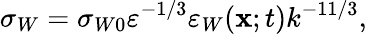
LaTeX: \sigma_{W}=\sigma_{W0}\varepsilon^{-1/3}\varepsilon_{W}({\mathbf{x}};t)k^{-11/3},